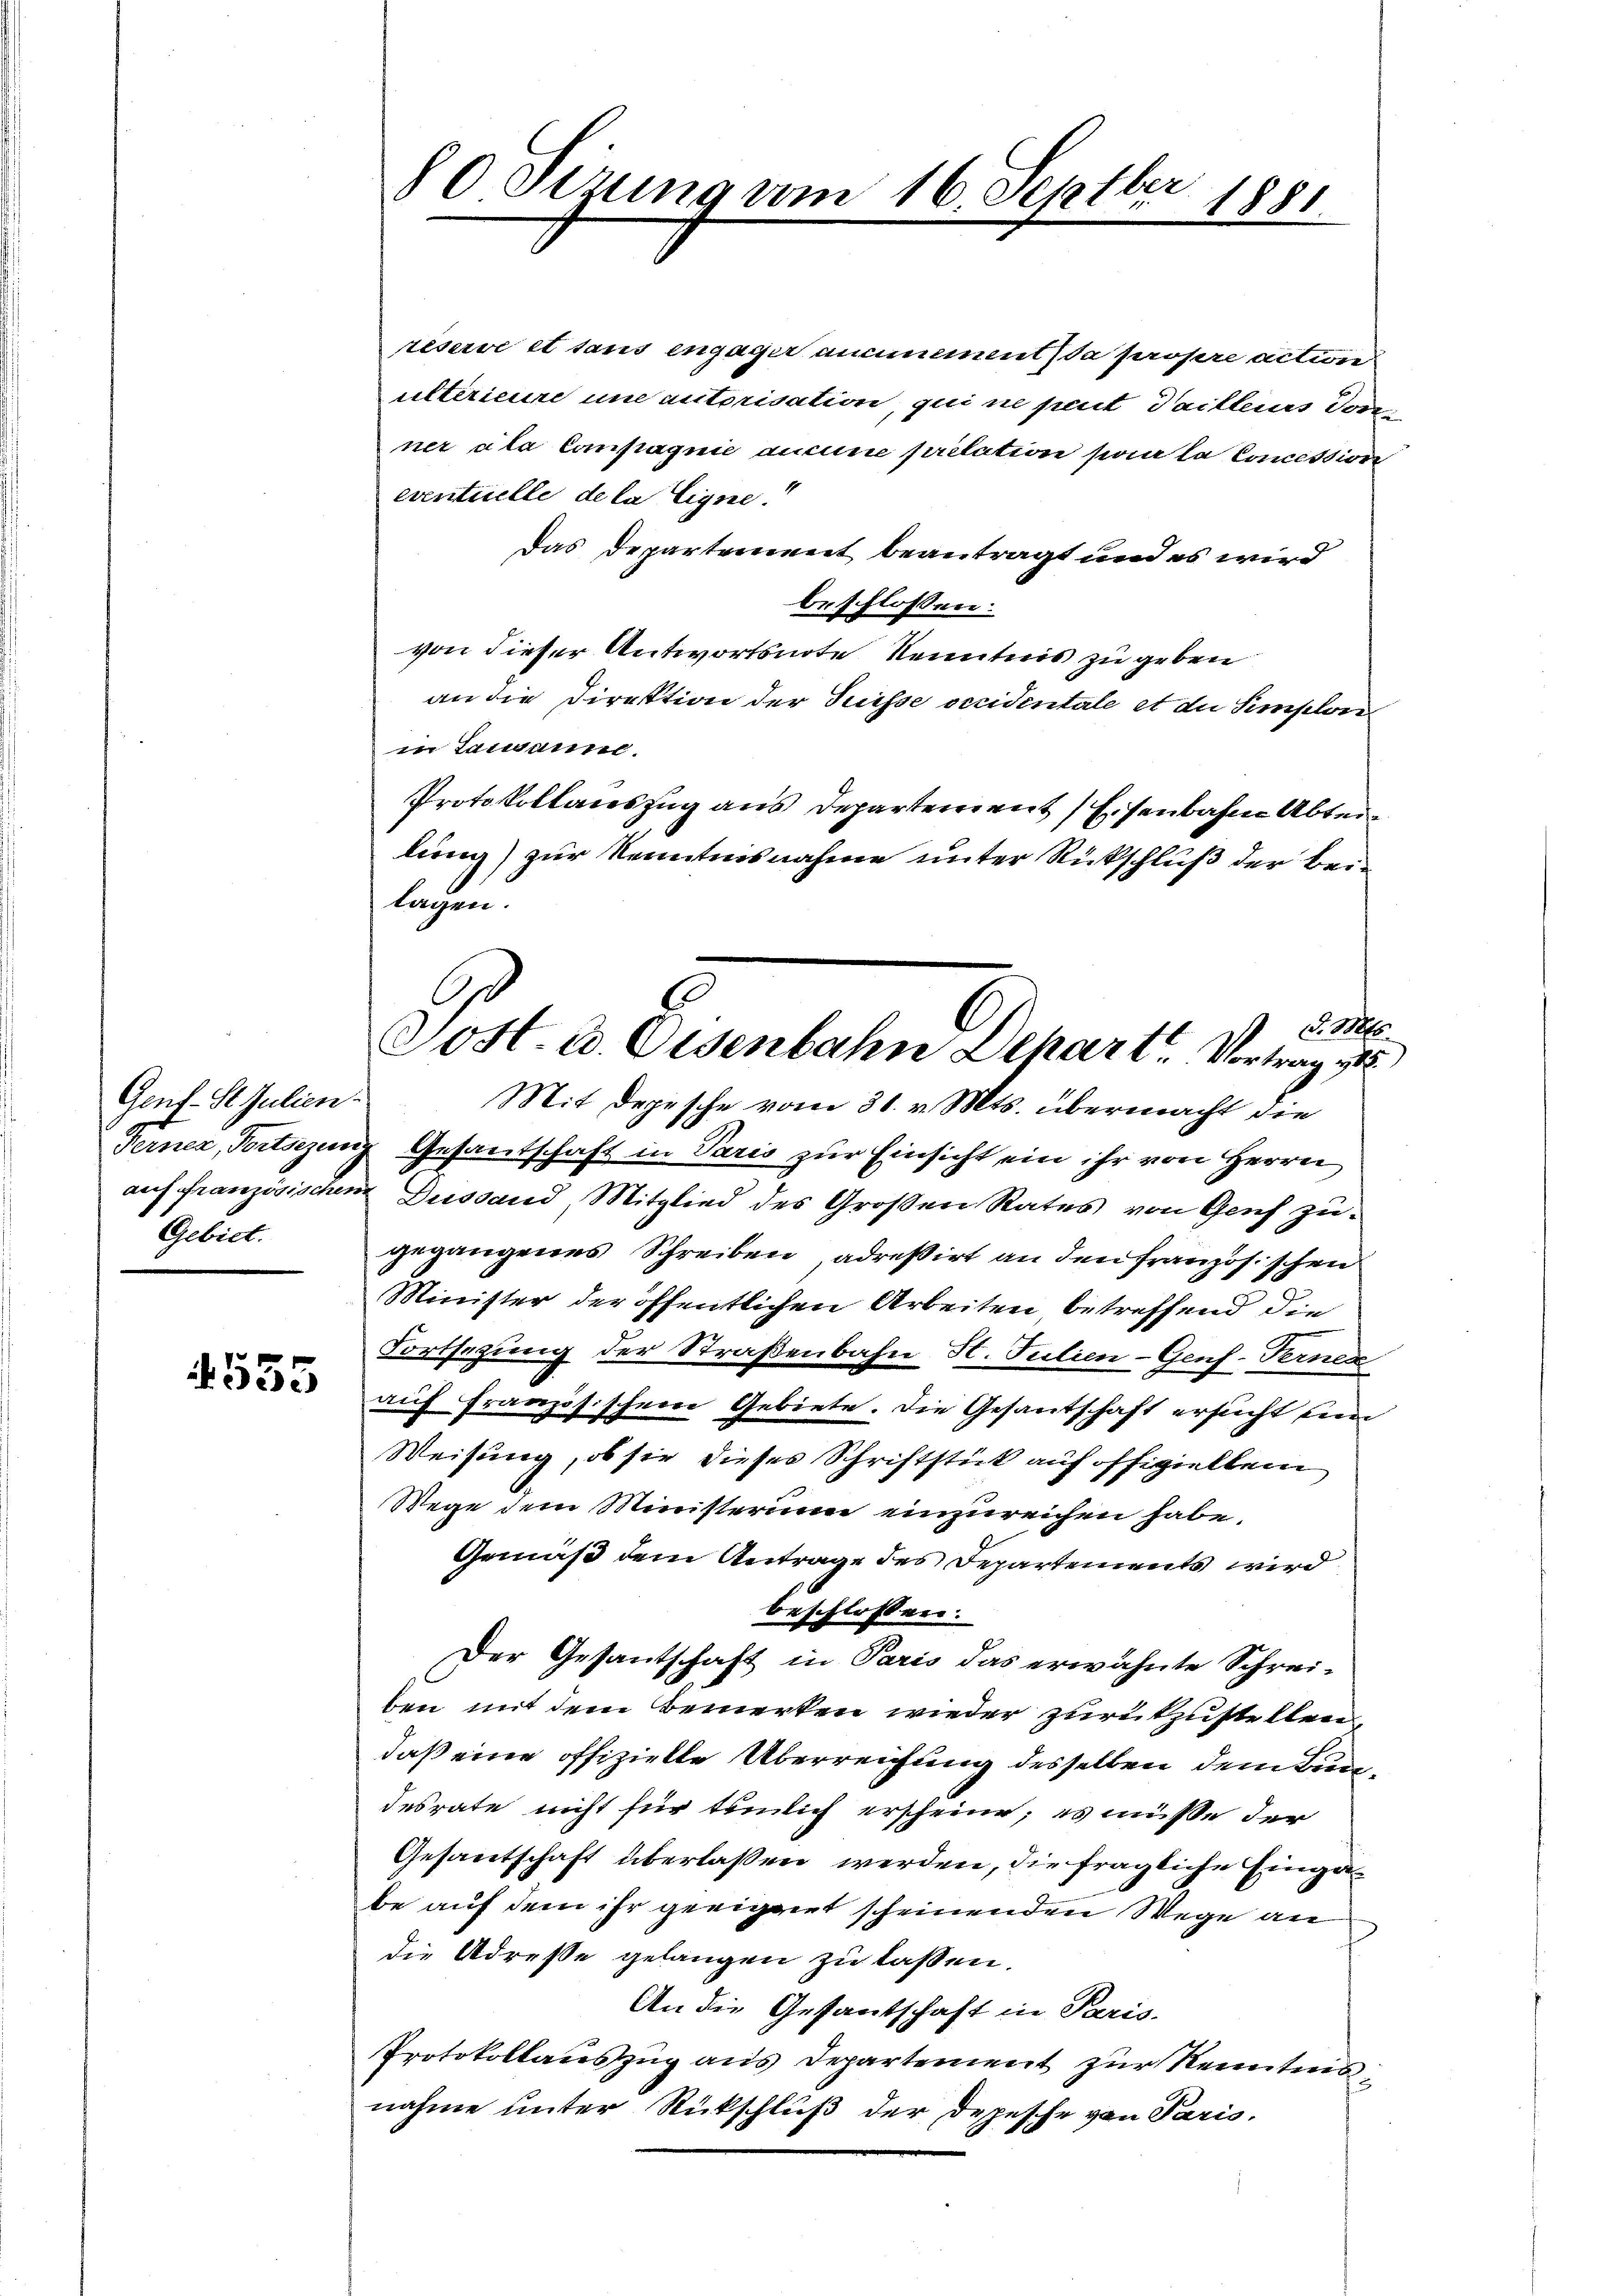
Genf. St. Julien
Gebiet.

1555

reservi et taus engager ausmement da prosere action
ultérieure und autorisation, qui ne peut Tailleurs don
ner ala Compagnie aucune prelation paar la Concession
eventuelle de la ligne!
Das Departement beantragt und es wird
beschlossen:
von dieser Antwortsnote Kenntnis zu geben
an die Direktion der Suisse decidentale et die Semplon
in Lausanne.
Protokollauszug aus Departement Eisenbahn Abtei
lung) zur Kenntnisnahme unter Rückschluß der beilagen.
d. Mts.
Mit Depesche vom 31. v. Mts. übermacht die
Ferner, Portsezung Gesantschaft in Paris zur Einsicht ein ihr von Herrn
auf französischen Dussand, Mitglied des Großen Rates von Genf zugegangenes Schreiben, adreßirt an den französischen
Minister der öffentlichen Arbeiten betreffend die
Fortsezung der Straßenbahn H. Julien-Gens-Terner
auf Französischen Gebiete. Die Gesantschaft ersucht un
Weisung, ob sie dieses Schriftstück auf offizielten
Wege dem Ministerium einzureichen habe.
Gemäß dem Antrage des Departements wird
beschlossen.
Der Gesantschaft in Paris das erwähnte Schrei-
ben mit dem Bemerken wieder zurükzustellen,
daß eine offizielle Überreichung desselben dem Bundesrate nicht für tümlich erscheine; es müsse der
Gesantschaft überlaßen werden, die fragliche Eingabe auf dem ihr geeignet scheinenden Wege an
die Adresse gelangen zu lassen.
An die Gefantschaft in Paris.
Protokollaŭszŭg aŭs Departement zŭr Kenntnis
nahme unter Rückschluß der Depesche von Paris,

80 Sizung um 16. Schtber
1881.

Sost. u. Eisenbahn Depart Vortrag v